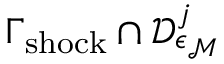
\Gamma _ { \mathrm { s h o c k } } \cap \mathcal { D } _ { \epsilon _ { \mathcal { M } } } ^ { j }